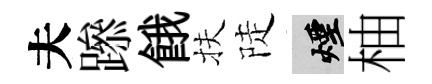
夫𨅶餓扶陡煙柚